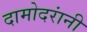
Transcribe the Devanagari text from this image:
दामोदरांनी